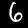
Label: 6